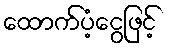
ထောက်ပံ့ငွေဖြင့်